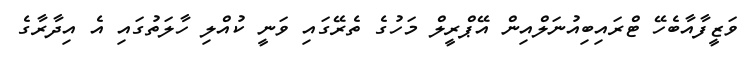
ވަޒީފާއާބެހޭ ޓްރައިބިއުނަލްއިން އޭޕްރީލް މަހުގެ ތެރޭގައި ވަނީ ކުއްލި ހާލަތުގައި އެ އިދާރާގެ